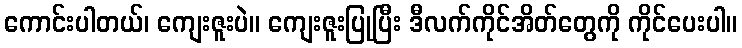
ကောင်းပါတယ်၊ ကျေးဇူးပဲ။ ကျေးဇူးပြုပြီး ဒီလက်ကိုင်အိတ်တွေကို ကိုင်ပေးပါ။